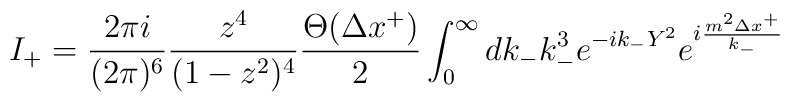
I_{+}= \frac{2\pi i}{(2\pi)^{6}}\frac{z^{4}}{(1-z^{2})^{4}}\frac{\Theta(\Delta x^{+})}{2}\int_{0}^{\infty}dk_{-}  k_{-}^{3} e^{-ik_{-}Y^{2}}e^{i\frac{m^{2}\Delta x^{+}}{k_{-}}}